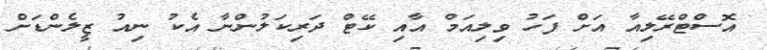
އޮސްޓްރޭލިއާ އަށް ފަހު ވިލިއަމް އާއި ކޭޓް ދަރިކަލުންނާ އެކު ނިއު ޒީލެންޑަށް